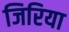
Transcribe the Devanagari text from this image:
जिरिया